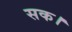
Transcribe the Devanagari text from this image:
सक।